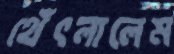
থেঁৎলালেম